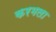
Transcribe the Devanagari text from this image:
करमला